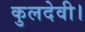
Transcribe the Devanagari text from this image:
कुलदेवी।